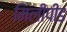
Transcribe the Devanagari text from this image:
मिलीपीड